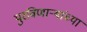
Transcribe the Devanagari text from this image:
पुरविणाऱ्यांच्या